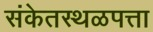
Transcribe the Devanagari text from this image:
संकेतस्थळपत्ता